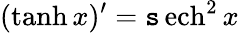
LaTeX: (\operatorname{tanh}x)^{\prime}={\operatorname{\mathtt{s}ech}^{2}\, x}